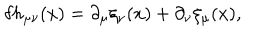
\delta h _ { \mu \nu } ( x ) = \partial _ { \mu } \xi _ { \nu } ( x ) + \partial _ { \nu } \xi _ { \mu } ( x ) ,